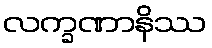
လက္ခဏာနိဿ